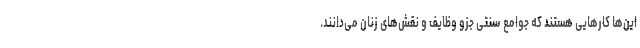
این‌ها کارهایی هستند که جوامع سنتی جزو وظایف و نقش‌های زنان می‌دانند.